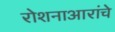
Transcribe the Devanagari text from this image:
रोशनाआरांचे